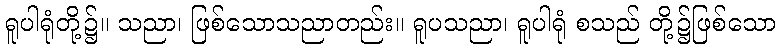
ရူပါရုံတို့၌။ သညာ၊ ဖြစ်သောသညာတည်း။ ရူပသညာ၊ ရူပါရုံ စသည် တို့၌ဖြစ်သော